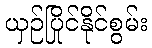
ယှဉ်ပြိုင်နိုင်စွမ်း